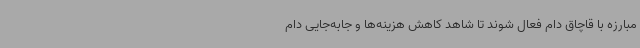
مبارزه با قاچاق دام فعال شوند تا شاهد کاهش هزینه‌ها و جابه‌جایی دام